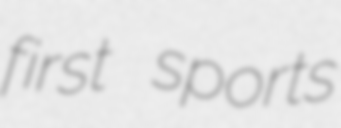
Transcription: first sports